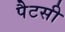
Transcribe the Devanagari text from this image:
पैटसी